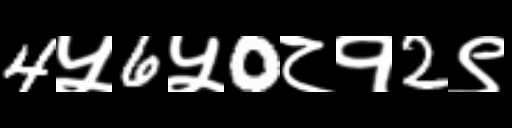
Text: 4५6५0८१2९